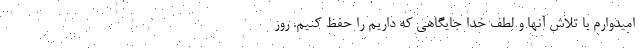
امیدوارم با تلاش آنها و لطف خدا جایگاهی که داریم را حفظ کنیم. روز